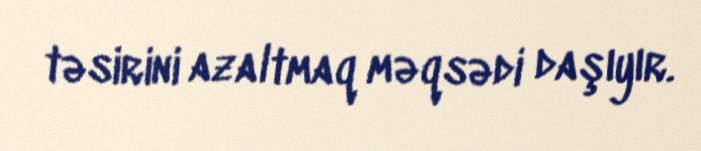
təsirini azaltmaq məqsədi daşıyır.